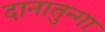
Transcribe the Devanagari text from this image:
दानातुन्गा